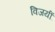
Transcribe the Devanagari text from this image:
विजयीं